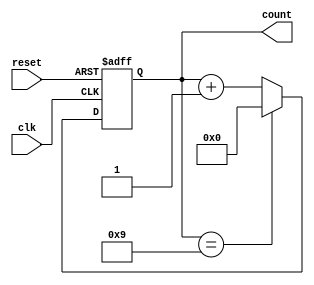
module bcd_counter (
    input wire clk,         // Clock input
    input wire reset,       // Asynchronous reset input
    output reg [3:0] count  // 4-bit output for BCD count
);

// Always block triggered on the rising edge of the clock or the reset signal
always @(posedge clk or posedge reset) begin
    if (reset) begin
        // Reset the count to 0
        count <= 4'b0000;
    end else begin
        // Increment the count
        if (count == 4'b1001) begin
            // If count is 9 (1001 in binary), reset to 0
            count <= 4'b0000;
        end else begin
            // Otherwise, increment the count
            count <= count + 1;
        end
    end
end

endmodule